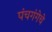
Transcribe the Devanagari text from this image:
पंचगंगेचे